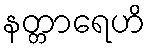
နတ္တာရေဟိ